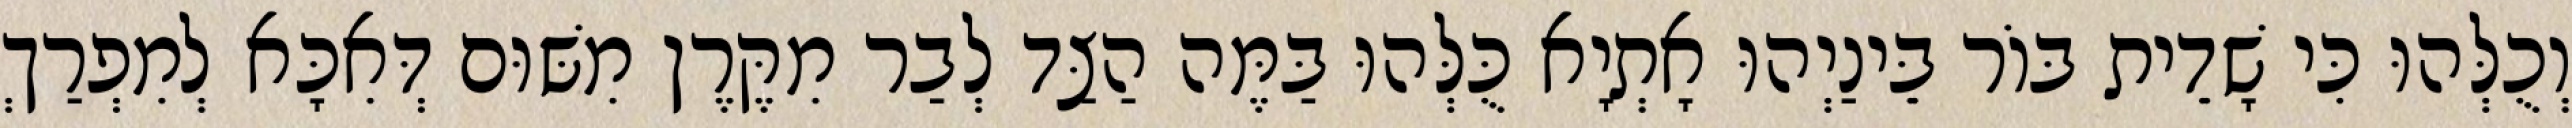
וְכֻלְּהוּ כִּי שָׁדֵית בּוֹר בֵּינַיְהוּ אָתְיָא כֻּלְּהוּ בַּמֶּה הַצַּד לְבַר מִקֶּרֶן מִשּׁוּם דְּאִכָּא לְמִפְרַךְ